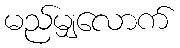
မည်မျှလောက်